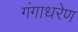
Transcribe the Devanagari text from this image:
गंगाधरेण